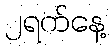
၂ရက်နေ့